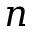
n